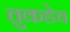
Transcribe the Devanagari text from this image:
तुकडेच